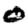
Digit: 0